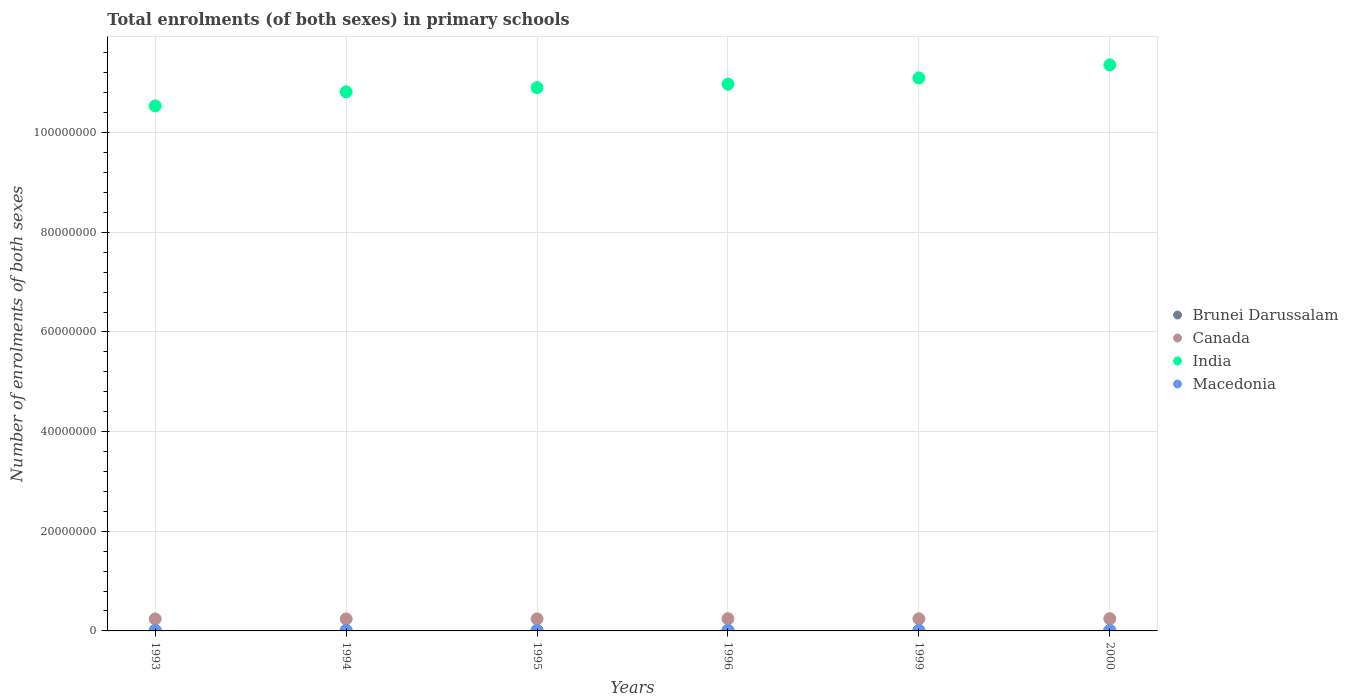
| Years | Brunei Darussalam | Canada | India | Macedonia |
 | --- | --- | --- | --- | --- |
 | 1993 | 4.11e+04 | 2.4e+06 | 1.05e+08 | 1.34e+05 |
 | 1994 | 4.23e+04 | 2.4e+06 | 1.08e+08 | 1.34e+05 |
 | 1995 | 4.27e+04 | 2.41e+06 | 1.09e+08 | 1.34e+05 |
 | 1996 | 4.33e+04 | 2.45e+06 | 1.1e+08 | 1.35e+05 |
 | 1999 | 4.58e+04 | 2.43e+06 | 1.11e+08 | 1.3e+05 |
 | 2000 | 4.54e+04 | 2.46e+06 | 1.14e+08 | 1.27e+05 |